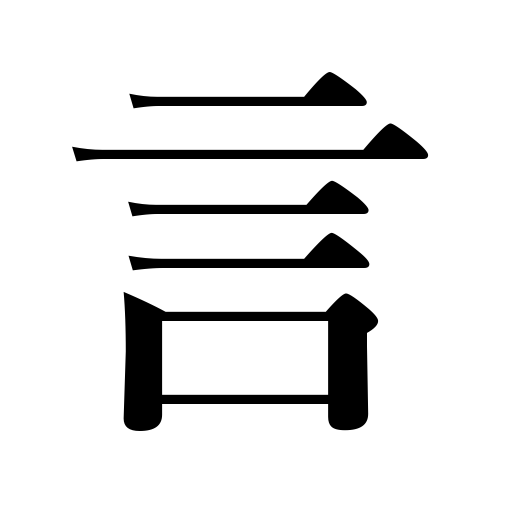
Meanings: tell,say,term,speech,talk,speak,name.word,statement,phrase,word,declare,call